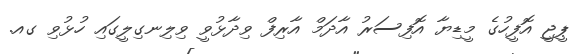
ޕީޖީ އޮފީހުގެ މީޑިޔާ އޮފިސަރު އާދަމް އާރިފް ވިދާޅުވީ ވިލިނގިލީގައި ހުޅުވި ގއ.